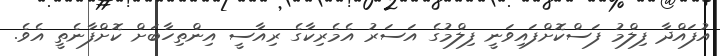
އުފައްދާ ފިލްމު ފަސްކޮށްފައިވަނީ ފިލްމުގެ އަސަރު އެމެރިކާގެ ރިއާސީ އިންތިހާބަށް ކޮށްފާނެތީ އެވެ.